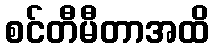
စင်တီမီတာအထိ